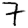
Digit: 7